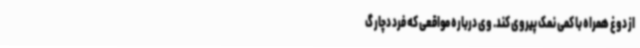
از دوغ همراه با کمی نمک پیروی کند. وی درباره مواقعی که فرد دچار گ